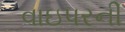
વાઇપરની